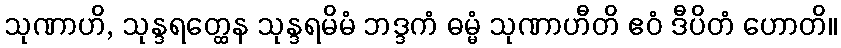
သုဏာဟိ, သုန္ဒရတ္ထေန သုန္ဒရမိမံ ဘဒ္ဒကံ ဓမ္မံ သုဏာဟီတိ ဧဝံ ဒီပိတံ ဟောတိ။